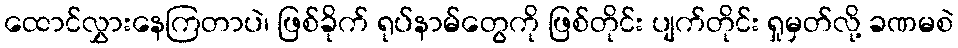
ထောင်လွှားနေကြတာပဲ၊ ဖြစ်ခိုက် ရုပ်နာမ်တွေကို ဖြစ်တိုင်း ပျက်တိုင်း ရှုမှတ်လို့ ခဏမစဲ